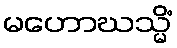
မဟောဃသ္မိံ